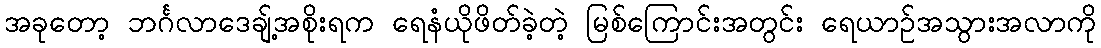
အခုတော့ ဘင်္ဂလာဒေချ့်အစိုးရက ရေနံယိုဖိတ်ခဲ့တဲ့ မြစ်ကြောင်းအတွင်း ရေယာဉ်အသွားအလာကို